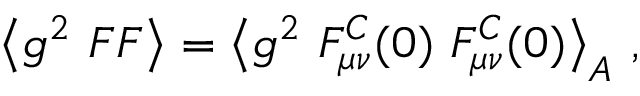
\big < g ^ { 2 } ~ F F \big > = \big < g ^ { 2 } ~ F _ { \mu \nu } ^ { C } ( 0 ) \ F _ { \mu \nu } ^ { C } ( 0 ) \big > _ { A } ~ ,